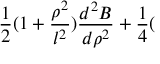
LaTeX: \frac { 1 } { 2 } ( 1 + \frac { \rho ^ { 2 } } { l ^ { 2 } } ) \frac { d ^ { 2 } B } { d \rho ^ { 2 } } + \frac { 1 } { 4 } (